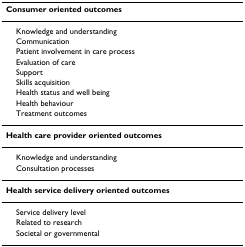
<table><thead><tr><td><b>Consumer oriented outcomes</b></td></tr></thead><tbody><tr><td> Knowledge and understanding</td></tr><tr><td> Communication</td></tr><tr><td> Patient involvement in care process</td></tr><tr><td> Evaluation of care</td></tr><tr><td> Support</td></tr><tr><td> Skills acquisition</td></tr><tr><td> Health status and well being</td></tr><tr><td> Health behaviour</td></tr><tr><td> Treatment outcomes</td></tr><tr><td><b>Health care provider oriented outcomes</b></td></tr><tr><td> Knowledge and understanding</td></tr><tr><td> Consultation processes</td></tr><tr><td><b>Health service delivery oriented outcomes</b></td></tr><tr><td> Service delivery level</td></tr><tr><td> Related to research</td></tr><tr><td> Societal or governmental</td></tr></tbody></table>